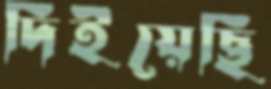
দিইয়েছি